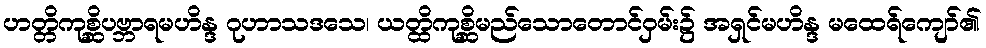
ဟတ္တိကုစ္ဆိပဗ္ဘာရမဟိန္ဒ ဂုဟာသဒသေ၊ ယတ္ထိကုစ္ဆိမည်သောတောင်ဝှမ်း၌ အရှင်မဟိန္ဒ မထေရ်ကျော်၏